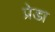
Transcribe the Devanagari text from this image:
प्रेडा